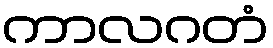
ကာလဂတံ